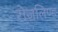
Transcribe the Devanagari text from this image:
रोज़लिण्ड